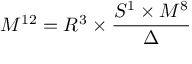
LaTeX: M ^ { 1 2 } = R ^ { 3 } \times \frac { S ^ { 1 } \times M ^ { 8 } } { \Delta }